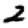
Digit: 2